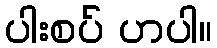
ပါးစပ် ဟပါ။